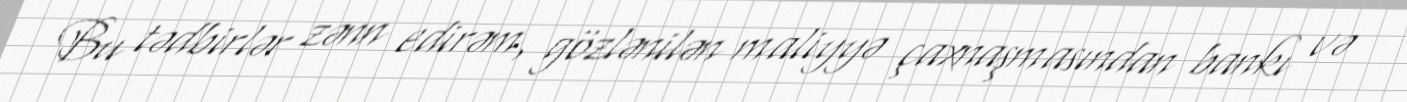
Bu tədbirlər zənn edirəm, gözlənilən maliyyə çaxnaşmasından bankı və